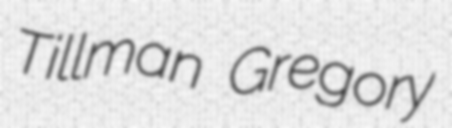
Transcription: Tillman Gregory